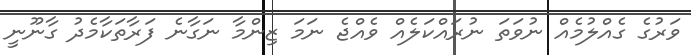
ވަރުގެ ގެއްލުމެއް ނުވަތަ ނުރައްކަލެއް ވެއްޖެ ނަމަ ޒިންމާ ނަގާނެ ފަރާތަކާމެދު ގާނޫނީ